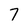
Character: 7